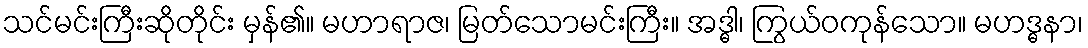
သင်မင်းကြီးဆိုတိုင်း မှန်၏။ မဟာရာဇ၊ မြတ်သောမင်းကြီး။ အဒ္ဓါ၊ ကြွယ်ဝကုန်သော။ မဟဒ္ဓနာ၊